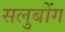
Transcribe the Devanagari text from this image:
सलुबोंग